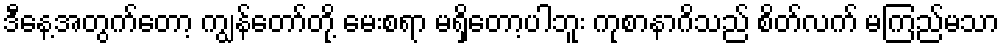
ဒီနေ့အတွက်တော့ ကျွန်တော်တို့ မေးစရာ မရှိတော့ပါဘူး ကုစာနာဂိသည် စိတ်လက် မကြည်မသာ